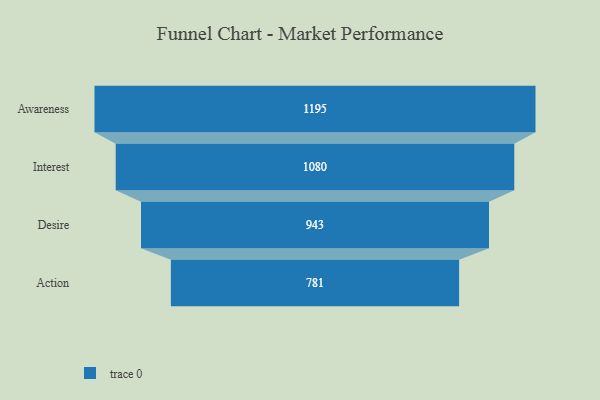
{"axis": {"x": "Stage", "y": "Value"}, "legend": [""], "data": [{"x": "Awareness", "y": 1195.0, "type": ""}, {"x": "Interest", "y": 1080.0, "type": ""}, {"x": "Desire", "y": 943.0, "type": ""}, {"x": "Action", "y": 781.0, "type": ""}]}